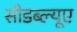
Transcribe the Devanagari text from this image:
सीडब्ल्यूए